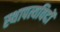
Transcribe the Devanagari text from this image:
स्थापत्यविदों